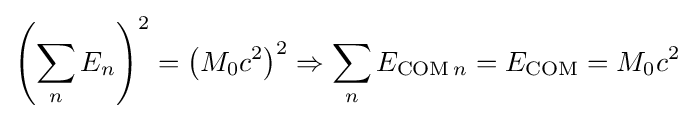
\left(\sum _{n}E_{n}\right)^{2}=\left(M_{0}c^{2}\right)^{2}\Rightarrow \sum _{n}E_{\mathrm {COM} \,n}=E_{\mathrm {COM} }=M_{0}c^{2}